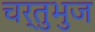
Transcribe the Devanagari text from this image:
चर्तुभुज